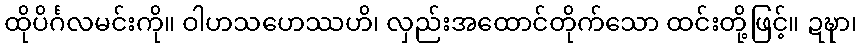
ထိုပိင်္ဂလမင်းကို။ ဝါဟသဟေဿဟိ၊ လှည်းအထောင်တိုက်သော ထင်းတို့ဖြင့်။ ဍဍ္ဎာ၊